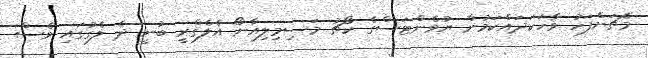
މެޗަށްފަހު ވާހަކަދައްކަމުން ޔުވެންޓަސްގެ ކޯޗު މަސިމިލިއާނޯ އެލެގްރީ ބުނީ ދެ ލެގުގައި ވެސް